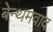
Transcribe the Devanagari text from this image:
बेन्थमवाद